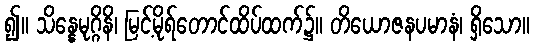
၍။ သိန္နေမုဂ္ဂိနိ၊ မြင့်မိုရ်တောင်ထိပ်ထက်၌။ တိယောဇနပမာနံ၊ ရှိသော။